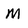
Character: M